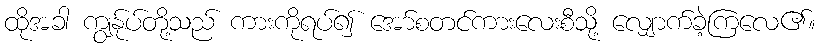
ထိုအခါ ကျွန်ုပ်တို့သည် ကားကိုရပ်၍ အော်စတင်ကားလေးစီသို့ လျှောက်ခဲ့ကြလေ၏။